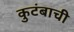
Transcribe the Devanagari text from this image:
कुटंबाची